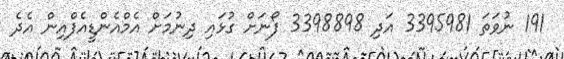
191 ނުވަތަ 3395981 އަދި 3398898 ފޯނަށް ގުޅައި ދިނުމަށް އެމްއެންޑީއެފްއިން އެދެ